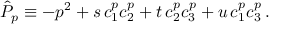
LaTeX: \hat { \cal P } _ { p } \equiv - p ^ { 2 } + s \, c _ { 1 } ^ { p } c _ { 2 } ^ { p } + t \, c _ { 2 } ^ { p } c _ { 3 } ^ { p } + u \, c _ { 1 } ^ { p } c _ { 3 } ^ { p } \, .